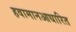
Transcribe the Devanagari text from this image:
हवामानआधारित